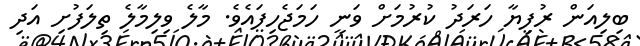
ބިލިއަން ރުފިޔާ ހަރަދު ކުރުމަށް ވަނީ ހަމަޖެހިފައެވެ. މާލެ ވިލިމާލެ ތިލަފުށި އަދި